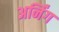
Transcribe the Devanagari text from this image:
अर्निंग